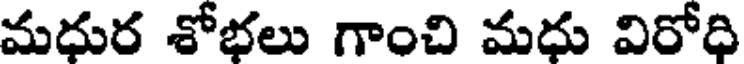
మధుర శోభలు గాంచి మధు విరోధి